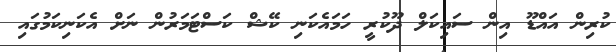
ކުރިން އައްޑޫ އިން ސައިކަލް ދޫކުރީ ހަމައެކަނި ކޭޝް ކަސްޓަމަރުން ނަށް އެކަނިކަމުގައި